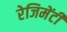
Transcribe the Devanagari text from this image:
रेजिमेंटी